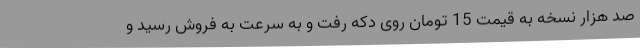
صد هزار نسخه به قیمت 15 تومان روی دکه رفت و به سرعت به فروش رسید و